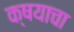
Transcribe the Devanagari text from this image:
क्षयाचा